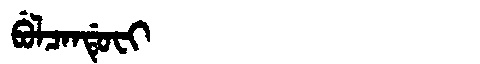
Manchu: ᠪᡠᠯᠴᠠᠨᡩᡠᠸᡳ
Romanization: BULCANDUFI